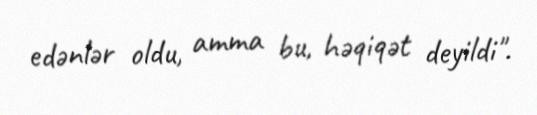
edənlər oldu, amma bu, həqiqət deyildi".